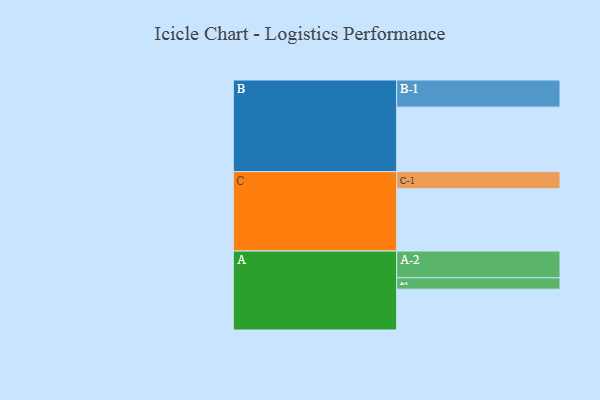
{"axis": {"x": "Segment", "y": "Value"}, "legend": ["", "A", "B", "C"], "data": [{"x": "A", "y": 313, "type": ""}, {"x": "B", "y": 494, "type": ""}, {"x": "C", "y": 478, "type": ""}, {"x": "A-1", "y": 87, "type": "A"}, {"x": "A-2", "y": 205, "type": "A"}, {"x": "B-1", "y": 208, "type": "B"}, {"x": "C-1", "y": 131, "type": "C"}]}